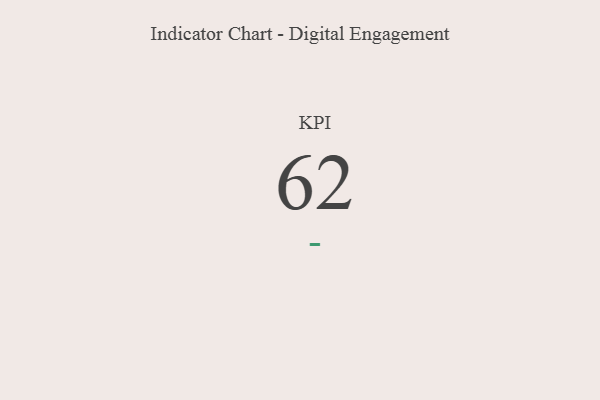
{"axis": {"x": "KPI", "y": "Value"}, "legend": [""], "data": [{"x": "KPI", "y": 62, "type": ""}]}